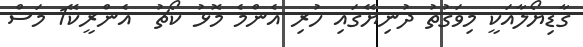
ގާޑިޔޯލާއަކީ މިވަގުތު ދުނިޔޭގައި ހުރި އެންމެ މޮޅު ކޯޗު  އެންރީކޭ1 މަސް